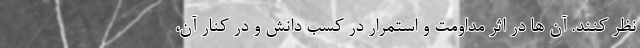
نظر کنند. آن ها در اثر مداومت و استمرار در کسب دانش و در کنار آن،